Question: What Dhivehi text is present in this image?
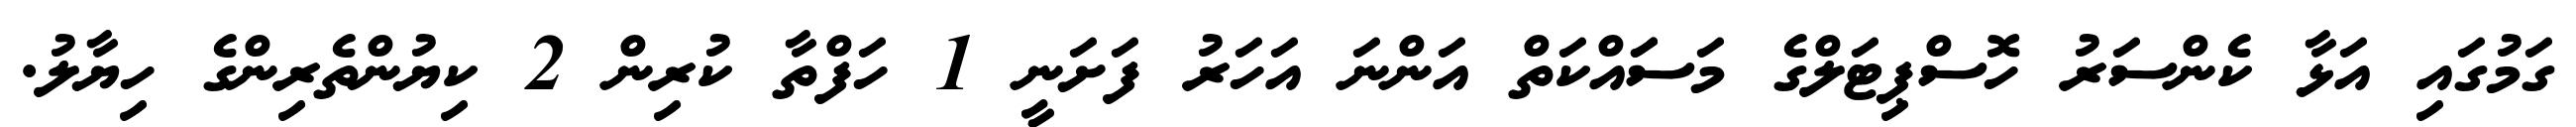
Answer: ގަމުގައި އަޅާ ކެންސަރު ހޮސްޕިޓަލްގެ މަސަައްކަތް އަންނަ އަހަރު ފަށަނީ 1 ހަފްތާ ކުރިން 2 ކިޔުންތެރިންގެ ހިޔާލު.